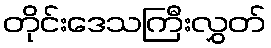
တိုင်းဒေသကြီးလွှတ်